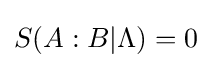
S(A:B|\Lambda )=0